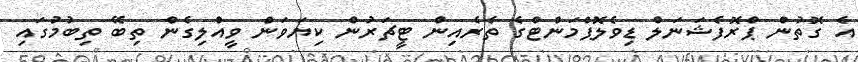
އެ ގޮތުން ޕްރޮފެޝަނަލް ޑިވެލޮޕްމަންޓްގެ ތެރެއިން ޓީޗަރުން ކިޔަވަން ވީއްލިގެން ތިބޭ ތިބުމުގައި